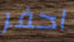
احفر